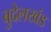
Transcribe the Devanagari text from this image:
बुदेलखंड